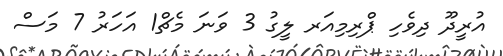
އުރީދޫ ދިވެހި ޕްރިމިއަރ ލީގު 3 ވަނަ މެޗް1 އަހަރު 7 މަސް